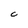
Character: C